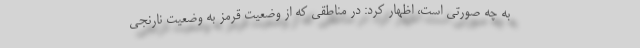
به چه صورتی است، اظهار کرد: در مناطقی که از وضعیت قرمز به وضعیت نارنجی